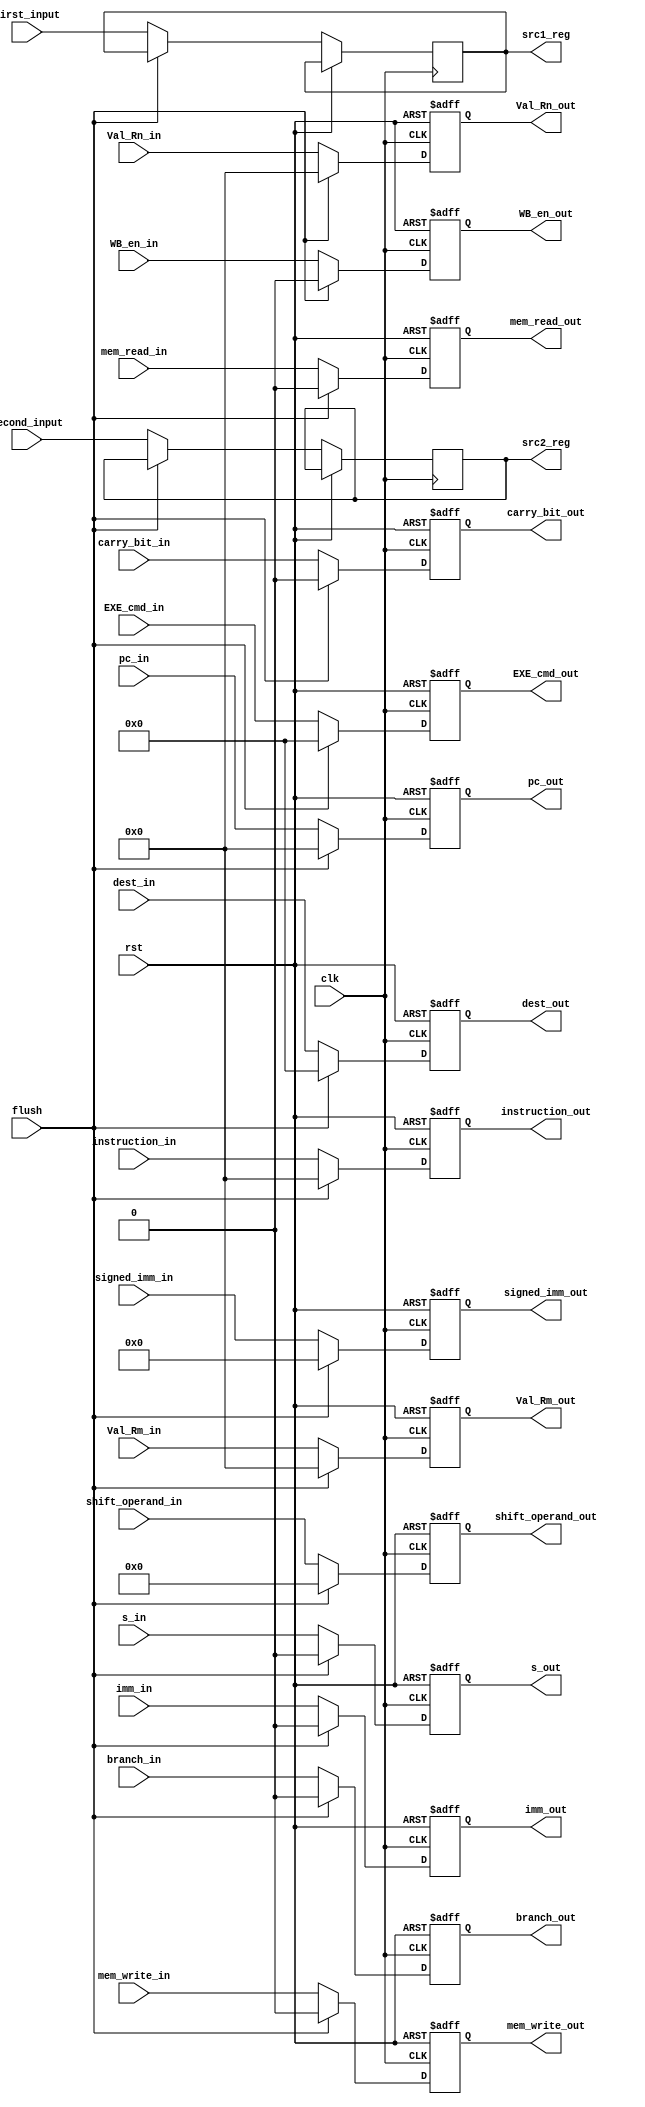
module ID_Stage_Register(clk, rst, flush,mem_write_in, mem_read_in, WB_en_in, branch_in, 
  			 s_in, EXE_cmd_in, pc_in, Val_Rn_in, Val_Rm_in, imm_in, shift_operand_in, 
  			 signed_imm_in,dest_in,carry_bit_in,instruction_in, first_input, second_input,
  			 src1_reg, src2_reg, WB_en_out, mem_read_out, mem_write_out, branch_out, 
  			 s_out, EXE_cmd_out, pc_out, Val_Rn_out, Val_Rm_out, imm_out, shift_operand_out, 
  			 signed_imm_out,dest_out,carry_bit_out,instruction_out);

  input clk, rst, imm_in, flush, WB_en_in, mem_write_in, mem_read_in, branch_in, s_in, carry_bit_in;
  input[3:0] EXE_cmd_in, dest_in, first_input, second_input;
  input[11:0] shift_operand_in;
  input[23:0] signed_imm_in;
  input[31:0] pc_in, Val_Rn_in, Val_Rm_in, instruction_in;

  output reg imm_out, WB_en_out, mem_write_out, mem_read_out, branch_out, s_out, carry_bit_out;
  output reg[3:0] src1_reg, src2_reg, EXE_cmd_out, dest_out;
  output reg[11:0] shift_operand_out;
  output reg[23:0] signed_imm_out;
  output reg[31:0] pc_out, Val_Rn_out, Val_Rm_out, instruction_out;


  always@(posedge clk, posedge rst) begin
    if(rst) begin
      {WB_en_out, mem_write_out, mem_read_out, imm_out, branch_out, s_out, carry_bit_out} <= 8'd0;
      {EXE_cmd_out, dest_out} <= 8'd0;
      shift_operand_out <= 12'd0;
      signed_imm_out <= 24'd0;
      {pc_out, Val_Rn_out, Val_Rm_out, instruction_out} <= 128'd0;
    end

    else if(flush) begin
      {WB_en_out, mem_write_out, mem_read_out, imm_out, branch_out, s_out, carry_bit_out} <= 8'd0;
      {EXE_cmd_out, dest_out} <= 8'd0;
      shift_operand_out <= 12'd0;
      signed_imm_out <= 24'd0;
      {pc_out, Val_Rn_out, Val_Rm_out, instruction_out} <= 128'd0;
    end
    else begin
        WB_en_out <= WB_en_in; 
        mem_write_out <= mem_write_in;
        mem_read_out <= mem_read_in;
        imm_out <= imm_in;
        branch_out <= branch_in;
        s_out <= s_in; 
        EXE_cmd_out <= EXE_cmd_in;
        dest_out <= dest_in;
        shift_operand_out <= shift_operand_in; 
        signed_imm_out <= signed_imm_in;
        pc_out <= pc_in;
        Val_Rn_out <= Val_Rn_in;
        Val_Rm_out <= Val_Rm_in;
        instruction_out <= instruction_in;
        carry_bit_out <= carry_bit_in;
        src1_reg <= first_input;
        src2_reg <= second_input;
    end
  end
endmodule